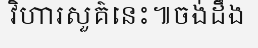
វិហារសួគ៌នេះ៕ចង់ដឹង